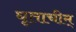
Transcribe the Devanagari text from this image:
घृताचीम्